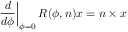
\left. { \frac { d } { d \phi } } \right| _ { \phi = 0 } R ( \phi , { \boldsymbol { n } } ) { \boldsymbol { x } } = { \boldsymbol { n } } \times { \boldsymbol { x } }